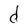
Character: d